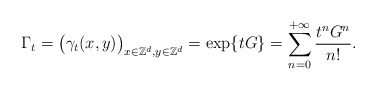
\begin{align*}\Gamma_t=\big(\gamma_t(x,y)\big)_{x\in \mathbb{Z}^d,y\in\mathbb{Z}^d}=\exp\{tG\}=\sum_{n=0}^{+\infty}\frac{t^nG^n}{n!}.\end{align*}